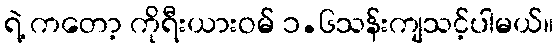
ရဲ့ ကတော့ ကိုရီးယားဝမ် ၁.၆သန်းကျသင့်ပါမယ်။